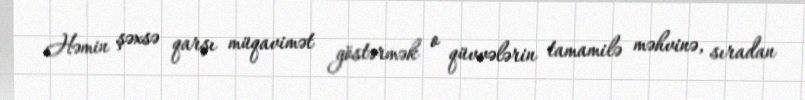
Həmin şəxsə qarşı müqavimət göstərmək o qüvvələrin tamamilə məhvinə, sıradan